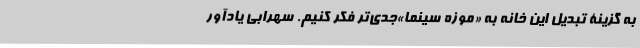
به گزینۀ تبدیل این خانه به «موزه سینما»جدی‌تر فکر کنیم. سهرابی یادآور